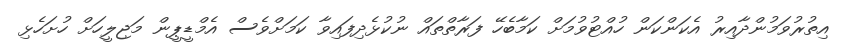
އިތުރުވަމުންދާއިރު އެކަންކަން ހުއްޓުވުމަށް ކަމާބެހޭ ފަރާތްތައް ނުކުޅެދިފައިވާ ކަމަށްވެސް އެމްޑީޕީން މަޖިލީހަށް ހުށަހެޅި